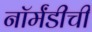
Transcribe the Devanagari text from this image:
नॉर्मंडीची